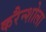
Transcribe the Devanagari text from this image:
करैन्शोला